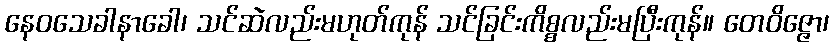
နေဝသေခါနာခေါ၊ သင်ဆဲလည်းမဟုတ်ကုန် သင်ခြင်းကိစ္စလည်းမပြီးကုန်။ တေဝိဇ္ဇော၊